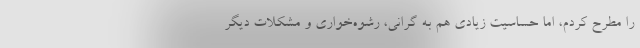
را مطرح کردم، اما حساسیت زیادی هم به گرانی، رشوه‌خواری و مشکلات دیگر